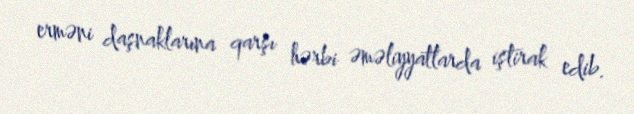
erməni daşnaklarına qarşı hərbi əməliyyatlarda iştirak edib.